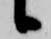
候